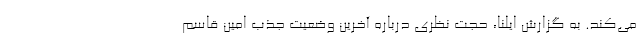
می‌کند. به گزارش ایلنا، حجت نظری درباره آخرین وضعیت جذب امین قاسم